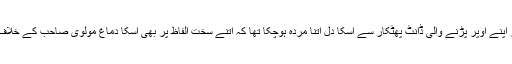
انکے جواب میں اسنے صرف سر کو جھکا لیا، مسلسل اپنی ناکامیوں اور اپنے اوپر پڑنے والی ڈانٹ پھٹکار سے اُسکا دل اتنا مردہ ہوچکا تھا کہ اتنے سخت الفاظ پر بھی اُسکا دماغ مولوی صاحب کے خلاف نہیں جاپایا، یا پھر یہ جبرا کروائی جانے والی عزت کی وجہ سے تھا ۔